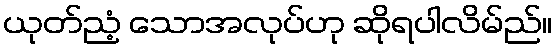
ယုတ်ညံ့ သောအလုပ်ဟု ဆိုရပါလိမ်ည်။